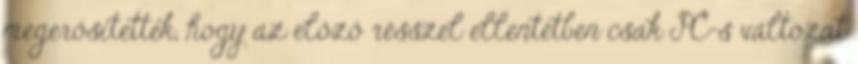
megerősítették, hogy az előző résszel ellentétben csak PC-s változat